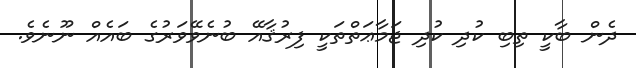
ދެން ބާކީ ތިބި ކުދި ކުދި ޖަމާޢަތްތަކީ ފިރުޤާއޭ ބުނެވޭވަރުގެ ބައެއް ނޫނެވެ.